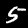
Label: 5